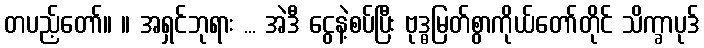
တပည့်တော်။ ။ အရှင်ဘုရား ... အဲဒီ ငွေနဲ့စပ်ပြီး ဗုဒ္ဓမြတ်စွာကိုယ်တော်တိုင် သိက္ခာပုဒ်